Vaccination in Bombay 1913-1923 - 1913-1923
Year: 1913
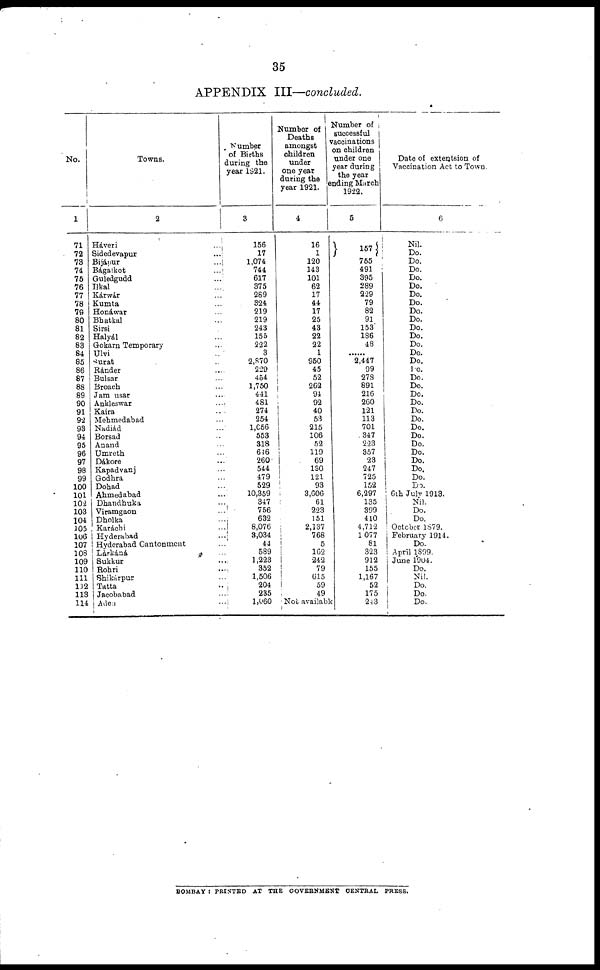
35
APPENDIX III—concluded.
No.
1
71
72
73
74
75
76
77
78
79
80
81
82
83
84
85
86
87
88
89
90
91
92
93
94
95
96
97
98
99
100
101
102
103
104
105
106
107
108
109
110
111
112
113
114
Towns.
2
Háveri ...
Sidedevapur ...
Bijápur ...
Bagalkot ...
Guledgudd ...
Ilkal ...
Kárwár ...
Kumta ...
Honáwar ...
Bhatkal ...
Sirsi...
Halyál ...
Gokarn Temporary ...
Ulvi ...
Surat ...
Ránder ...
Bulsar ...
Broach ...
Jam usar ...
Ankleswar ...
Kaira ...
Mehmedabad ...
Nadiád ...
Borsad ...
Anand ...
Umreth ...
Dákore ...
Kapadvanj
Godhra ...
Dohad ...
Ahmedabad ...
Dhandhuka ...
Viramgaon ...
Dholka ...
Karáchi ...
Hyderabad ...
Hyderabad Cantonment ...
Làrkáná ...
Sukkur ...
Rohri ...
Shikárpur ...
Tatta ...
Jacobabad ...
Aden ...
Number
of Births
during the
year 1921.
3
156
17
1,074
744
617
375
269
324
219
219
243
155
222
3
2,870
229
454
1,750
441
481
274
254
1,056
553
318
646
260
544
479
529
10,359
347
756
632
8,076
3,034
44
589
1,223
352
1,506
204
235
1,060
Number of
Deaths
amongst
children
under
one year
during the
year 1921.
4
16
1
120
143
101
62
17
44
17
25
43
22
22
1
950
45
52
262
94
92
40
53
215
106
52
119
69
130
121
93
3,606
61
223
151
2,137
768
5
162
242
79
615
59
49
Not available
Number of
successful
vaccinations
on children
under one
year during
the year
ending March
1922.
5
157
755
491
395
289
229
79
82
91
153
186
48
......
2,447
99
278
891
216
260
121
113
701
347
223
357
23
247
725
152
6,297
135
399
410
4,712
1,077
81
323
912
155
1,167
52
175
243
Date of extentsion of
Vaccination Act to Town.
6
Nil.
Do.
Do.
Do.
Do.
Do.
Do.
Do.
Do.
Do.
Do.
Do.
Do.
Do.
Do.
Do.
Do.
Do.
Do.
Do.
Do.
Do.
Do.
Do.
Do.
Do.
Do.
Do.
Do.
Do.
6th July 1913.
Nil.
Do.
Do.
October 1879.
February 1914.
Do.
April 1899.
June 1904.
Do.
Nil.
Do.
Do.
Do.
BOMBAY : PRINTED AT THE GOVERNMENT CENTRAL PRESS.